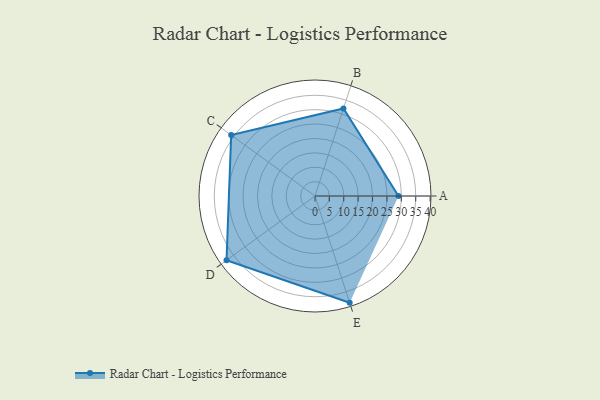
{"axis": {"x": "Skill", "y": "Score"}, "legend": ["Profile"], "data": [{"x": "A", "y": 29.0, "type": "Profile"}, {"x": "B", "y": 32.0, "type": "Profile"}, {"x": "C", "y": 36.0, "type": "Profile"}, {"x": "D", "y": 38.0, "type": "Profile"}, {"x": "E", "y": 39.0, "type": "Profile"}]}